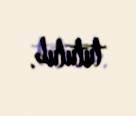
tutulub.